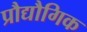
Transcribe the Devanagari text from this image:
प्रौद्यौगिक